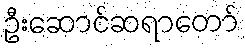
ဦးဆောင်ဆရာတော်